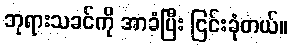
ဘုရားသခင်ကို အာခံပြီး ငြင်းခုံတယ်။